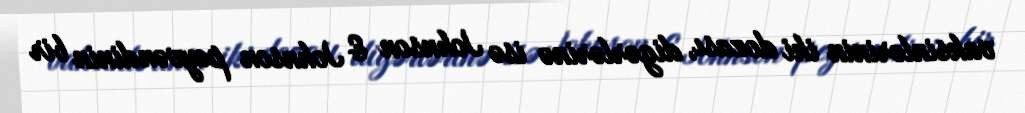
vaksinlərinin iki dozası, digərlərinə isə Johnson & Johnson peyvəndinin bir